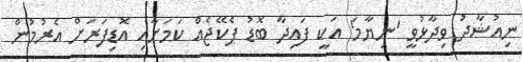
ނިއުޝާދު ވިދާޅުވީ 'ނިޔާމަ' އަކީ ފައިދާ ބޮޑު ޕެކޭޖެއް ކަމަށާއި އޮޑިފަރަށް އެރުމުން